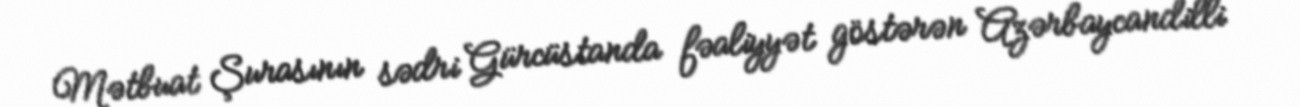
Mətbuat Şurasının sədri Gürcüstanda fəaliyyət göstərən Azərbaycandilli